Civil Veterinary Department. United Provinces 1932-42 - 1932-1942
Year: 1932
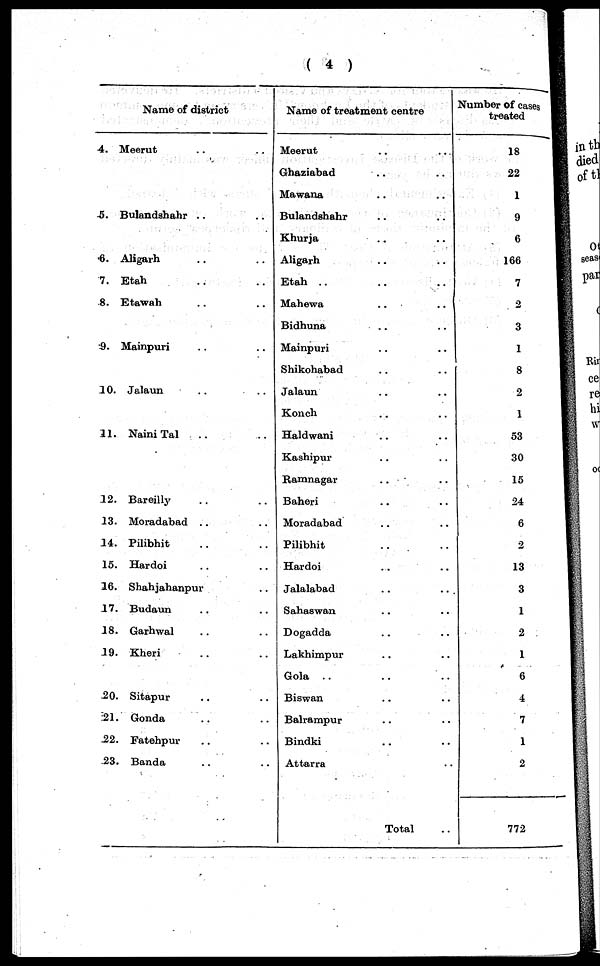
(4)
Name of district
4. Meerut .. ..
5. Bulandshahr .. ..
6. Aligarh .. ..
7. Etah .. ..
8. Etawah ..
9. Mainpuri .. ..
10. Jalaun .. ..
11. Naini Tal .. ..
12. Bareilly .. ..
13. Moradabad .. ..
14. Pilibhit .. ..
15. Hardoi .. ..
16. Shahjahanpur ..
17. Budaun .. ..
18. Garhwal .. ..
19. Kheri .. ..
20. Sitapur .. ..
21. Gonda .. ..
22. Fatehpur .. ..
23. Banda .. ..
Name of treatment centre
Meerut .. ..
Ghaziabad .. ..
Mawana .. ..
Bulandshahr .. ..
Khurja .. ..
Aligarh .. ..
Etah .. .. ..
Mahewa .. ..
Bidhuna .. ..
Mainpuri .. ..
Shikohabad .. ..
Jalaun .. ..
Konch .. ..
Haldwani .. ..
Kashipur .. ..
Ramnagar .. ..
Baheri .. .. ..
Moradabad .. ..
Pilibhit .. ..
Hardoi .. ..
Jalalabad .. ..
Sahaswan .. ..
Dogadda .. ..
Lakhimpur .. ..
Gola .. .. ..
Biswan .. ..
Balrampur .. ..
Bindki .. ..
Attarra ..
Total
Number of cases
treated
18
22
1
9
6
166
7
2
3
1
8
2
1
53
30
15
24
6
2
13
3
1
2
1
6
4
7
1
2
772